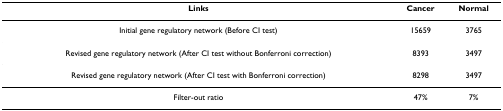
<table><thead><tr><td><b>Links</b></td><td><b>Cancer</b></td><td><b>Normal</b></td></tr></thead><tbody><tr><td>Initial gene regulatory network (Before CI test)</td><td>15659</td><td>3765</td></tr><tr><td>Revised gene regulatory network (After CI test without Bonferroni correction)</td><td>8393</td><td>3497</td></tr><tr><td>Revised gene regulatory network (After CI test with Bonferroni correction)</td><td>8298</td><td>3497</td></tr><tr><td>Filter-out ratio</td><td>47%</td><td>7%</td></tr></tbody></table>